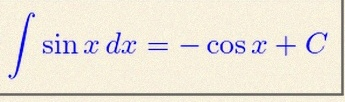
\int \sin x\,dx=-\cos x+C